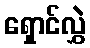
ရှောင်လွှဲ